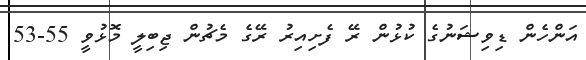
އަންހެން ޑިވިޝަނުގެ ކުޅުން ރޭ ފެށިއިރު ރޭގެ މެޗުން ޖިބިލީ މޮޅުވީ 55-53